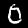
Label: 0